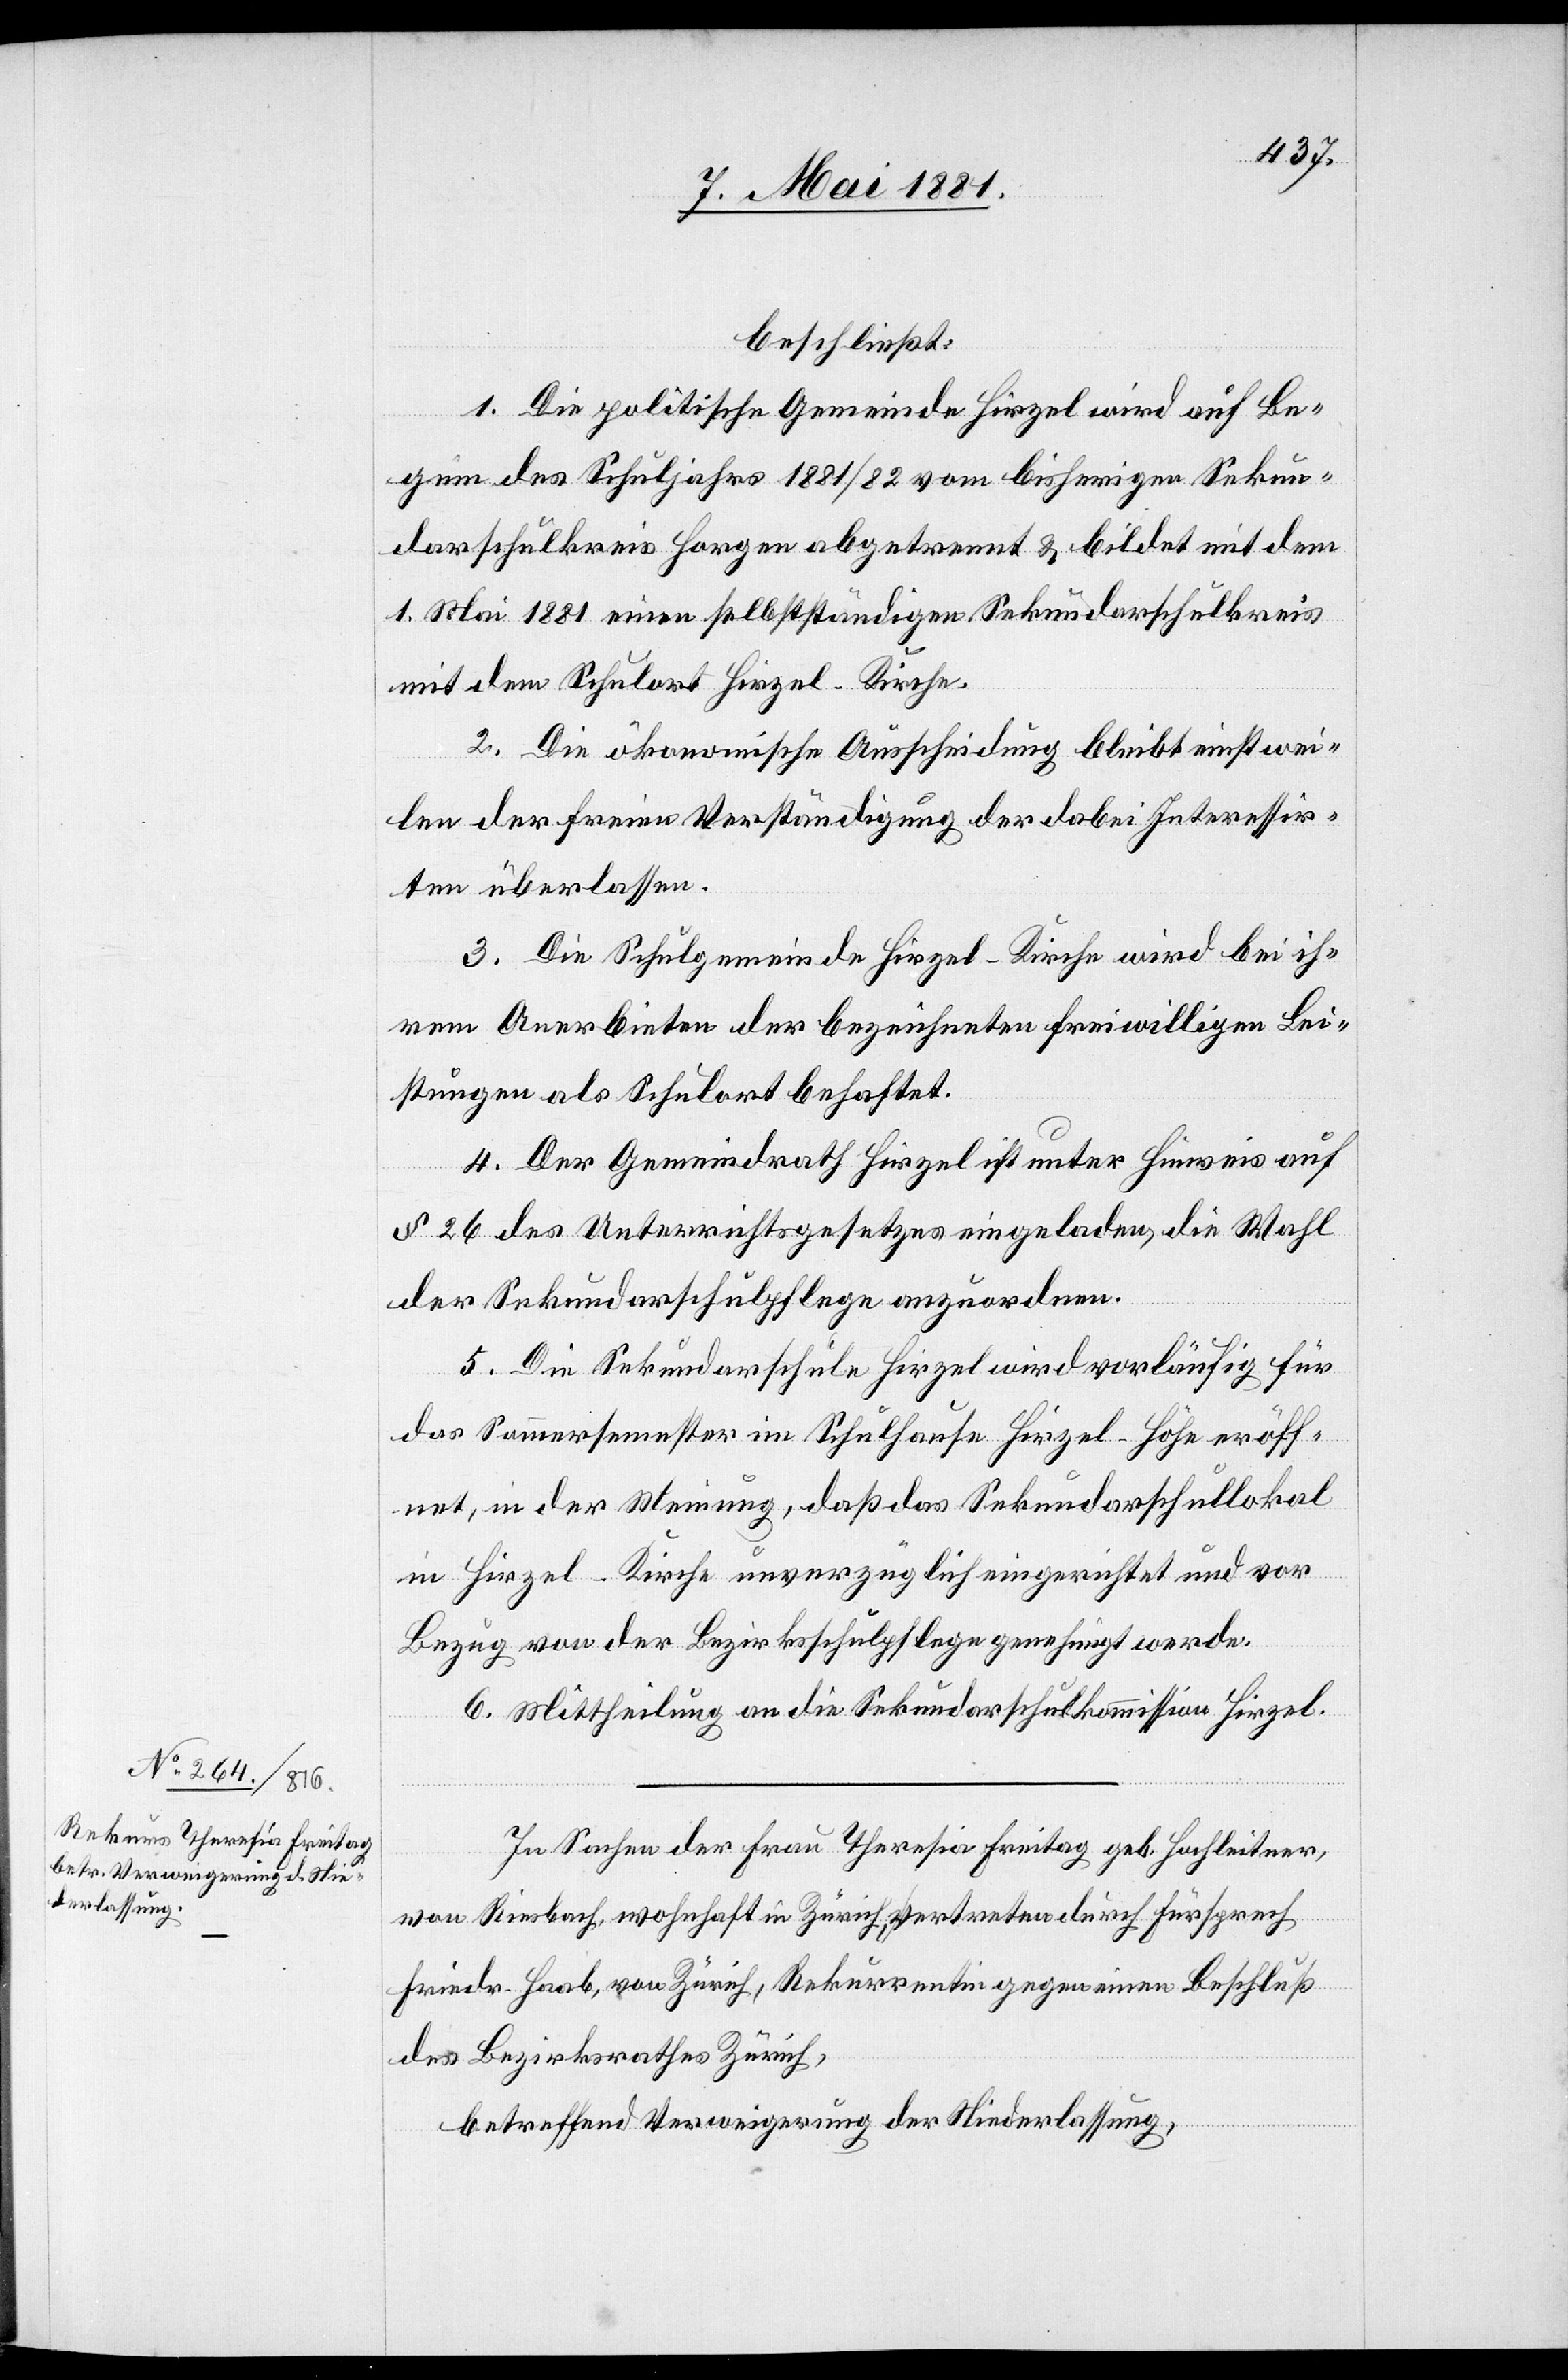
beschließt:
1. Die politische Gemeinde Hirzel wird auf Be¬
ginn des Schuljahres 1881/82 vom bisherigen Sekun¬
darschulkreis Horgen abgetrennt & bildet mit dem
1. Mai 1881 einen selbstständigen Sekundarschulkreis
mit dem Schulort Hirzel-Kirche.
2. Die ökonomische Ausscheidung bleibt einstwei¬
len der freien Verständigung der dabei Interessir¬
ten überlassen.
3. Die Schulgemeinde Hirzel-Kirche wird bei ih¬
rem Anerbieten der bezeichneten freiwilligen Lei¬
stungen als Schulort gehaftet.
4. Der Gemeindrath Hirzel ist unter Hinweis auf
§ 26 des Unterrichtsgesetzes eingeladen, die Wahl
der Sekundarschulpflege anzuordnen.
5. Die Sekundarschule Hirzel wird vorläufig für
das Sommersemester im Schulhause Hirzel-Höhe eröff¬
net, in der Meinung, daß das Sekundarschullokal
in Hirzel-Kirche unverzüglich eingerichtet und vor
Bezug von der Bezirksschulpflege genehmigt werde.
6. Mittheilung an die Sekundarschulkommission Hirzel.
In Sachen der Frau Theresia Freitag geb. Hochleitner,
von Riesbach, wohnhaft in Zürich, vertreten durch Fürsprech
Friedr. Haab, von Zürich, Rekurrentin gegen einen Beschluß
des Bezirksrathes Zürich,
betreffend Verweigerung der Niederlassung,